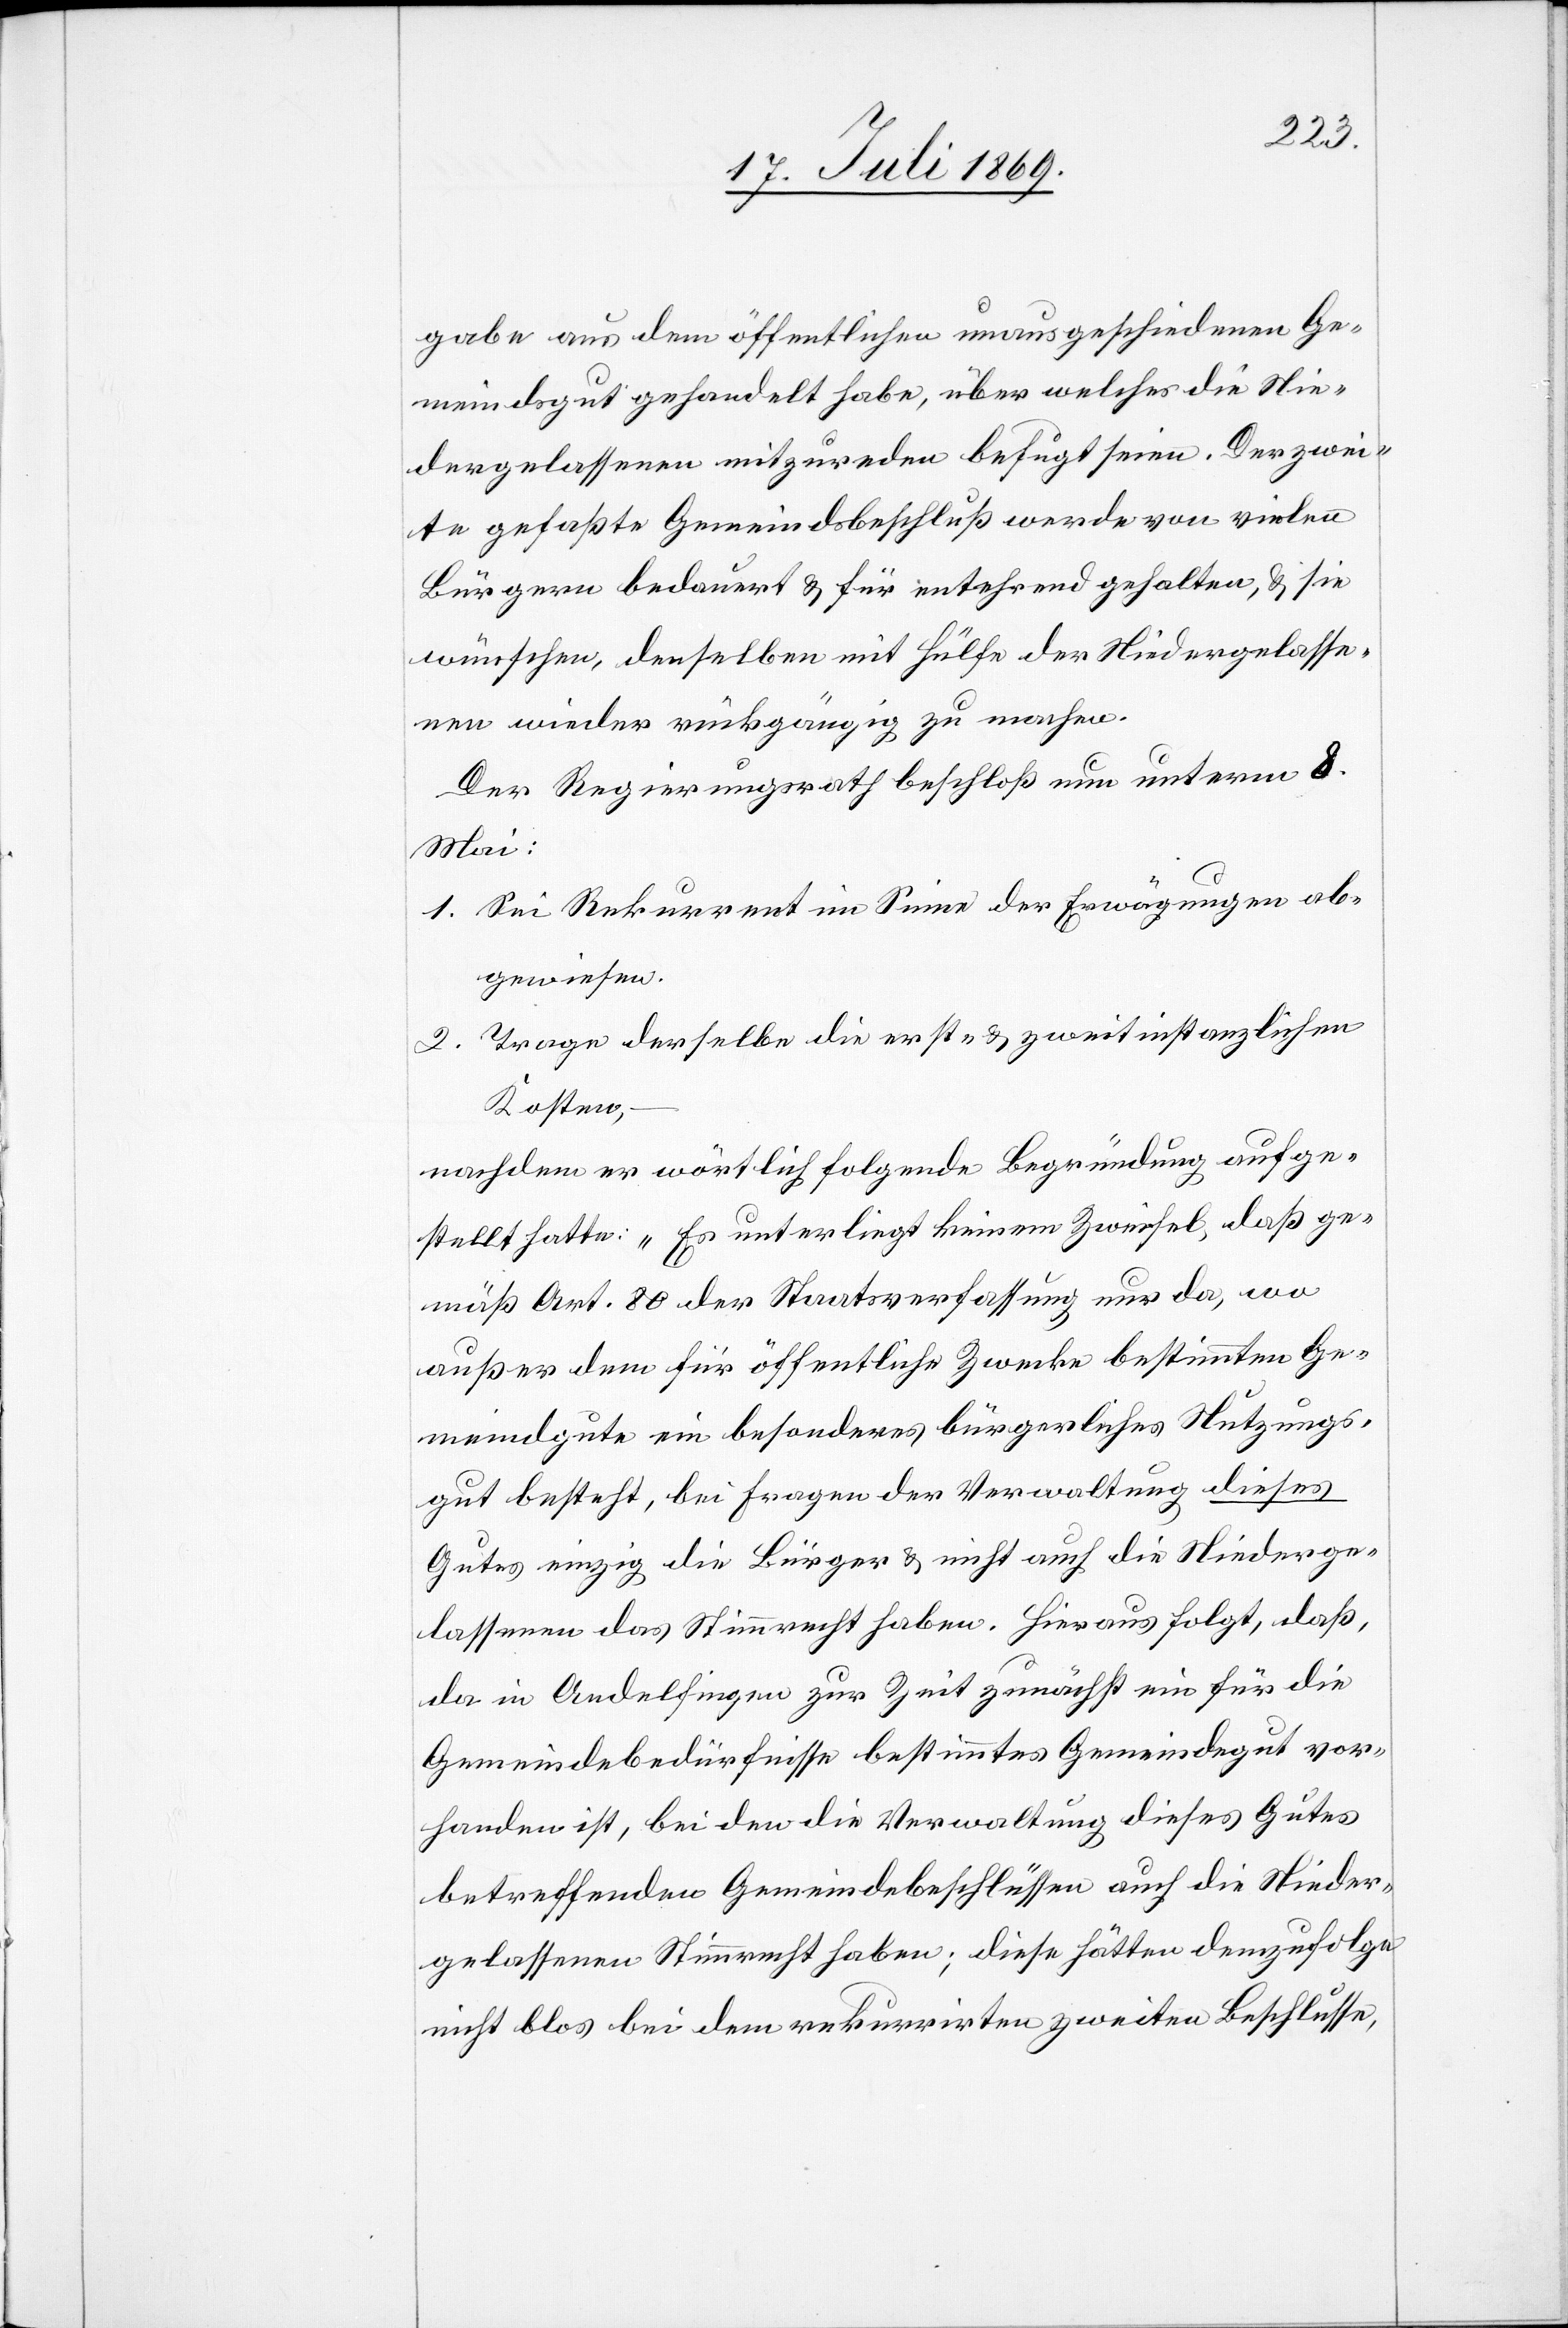
gabe aus dem öffentlichen unausgeschiedenen Ge¬
meindsgut gehandelt habe, über welches die Nie¬
dergelassenen mitzureden befugt seien. Der zwei¬
te gefaßte Gemeindsbeschluß werde von vielen
Bürgern bedauert u. für entsprechend gehalten, u. sie
wünschen, denselben mit Hülfe derr Niedergelasse¬
nen wieder rückgängig zu machen.
Der Regierungsrath beschloß nun unterm 8
Mai:
1. Sei Rekurrent im Sinne der Erwägungen ab¬
gewiesen.
2. Trage derselbe die erst- u. zweitinstanzlichen
Kosten,
nachdem er wörtlich folgende Begründung aufge¬
stellt hatte: „Es unterliegt keinem Zweifel, daß ge¬
mäß Art. 80 der Staatsverfassung nur da, wo
außer dem für öffentliche Zwecke bestimmten Ge¬
meindgute ein besonderes, bürgerliches Nutzungs¬
gut besteht, die Fragen der Verwaltung dieses
Gutes einzig die Bürger u. nicht auch die Niederge¬
lassenen das Stimmrecht haben. Hieraus folgt, daß,
da in Andelfingen zur Zeit zunächst ein für die
Gemeindebedürfnisse bestimmtes Gemeindsgut vor¬
handen ist, bei den die Verwaltung dieses Gutes
betreffenden Gemeindebeschlüssen auch die Nieder¬
gelassenen Stimmrecht haben; diese hätten demzufolge
nicht blos bei dem rekurrirten zweiten Beschlusse,